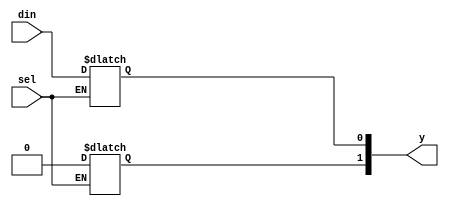
module demux_1_2(input din, input sel, output reg [1:0]y);

//Gate level modelling

/*
assign y[0]=~sel&din;
assign y[1]=sel&din;
*/

// Behavioural modelling - using if statement

/*
always @(*) 
begin
if(sel == 0)
begin
y[0]=din;
y[1]=1'b0;
end

if(sel == 1)
begin
y[0]=1'b0;
y[1]=din;
end
end
*/

// Behavioural modelling - case statement

always @(*)
begin
case(sel)
1'b0:begin
	y[0]=din;
	y[1]=1'b0;
	end

1'b0:begin
	y[0]=1'b0;
	y[1]=din;
	end
endcase

end

endmodule